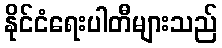
နိုင်ငံရေးပါတီများသည်